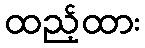
ထည့်ထား